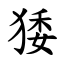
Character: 㹻